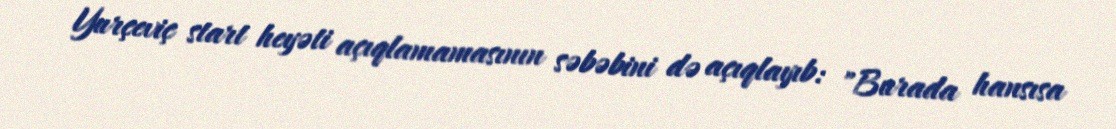
Yurçeviç start heyəti açıqlamamasının səbəbini də açıqlayıb: "Burada hansısa